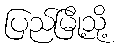
ပြည်မြို့သို့